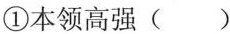
①本领高强( )